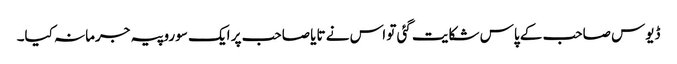
ڈیوس صاحب کے پاس شکایت گئی تو اس نے تایا صاحب پر ایک سو روپیہ جرمانہ کیا۔